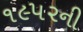
૧૯૫૨ની